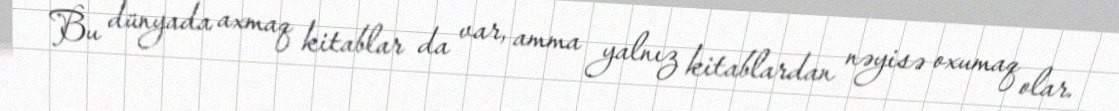
Bu dünyada axmaq kitablar da var, amma yalnız kitablardan nəyisə oxumaq olar.